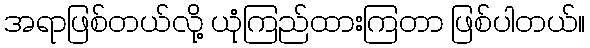
အရာဖြစ်တယ်လို့ ယုံကြည်ထားကြတာ ဖြစ်ပါတယ်။